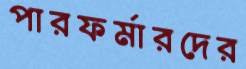
পারফর্মারদের